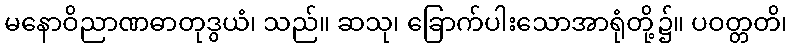
မနောဝိညာဏဓာတုဒွယံ၊ သည်။ ဆသု၊ ခြောက်ပါးသောအာရုံတို့၌။ ပဝတ္တတိ၊